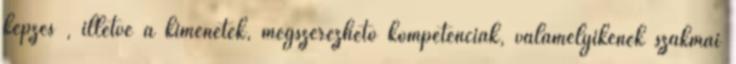
képzés , illetve a kimenetek, megszerezhető kompetenciák, valamelyikének szakmai